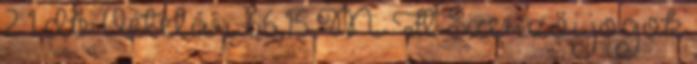
2 1 db Vételár 66,15 M Ft Szerzői jogok